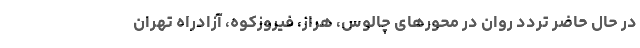
در حال حاضر تردد روان در محورهای چالوس، هراز، فیروزکوه، آزادراه تهران